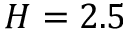
H = 2 . 5